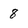
Character: 8